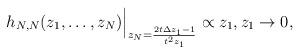
LaTeX: \begin{align*}h_{N,N}(z_1,\dots,z_N)\Big|_{z_N=\frac{2t\Delta z_1-1}{t^2 z_1}}\propto z_1,z_1\to 0,\end{align*}